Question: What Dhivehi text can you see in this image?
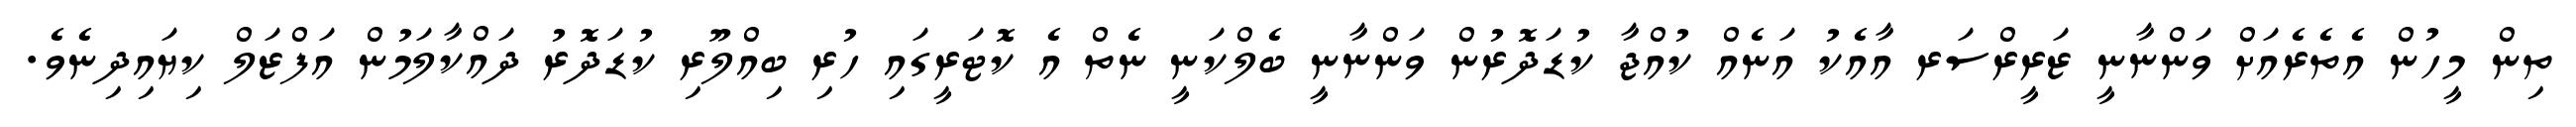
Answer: ތިން މީހުން އެތެރެއަށް ވަންނާނީ ޒަރީރްސަރ އާއެކު އަނެއް ކުއްޖާ ކުޑަދޮރުން ވަންނާނީ ބެލްކަނީ ނެތް އެ ކޮޓަރީގައި ހުރި ބިއްލޫރި ކުޑަދޮރު ދައްކާލަމުން އަފްޒަލް ކިޔައިދިނެވެ.